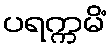
ပရက္ကမိံ